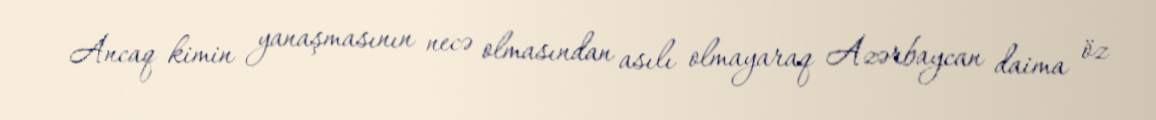
Ancaq kimin yanaşmasının necə olmasından asılı olmayaraq Azərbaycan daima öz